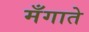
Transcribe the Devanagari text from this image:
मँगाते